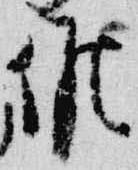
候